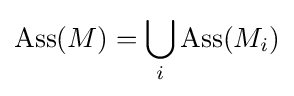
\operatorname {Ass} (M)=\bigcup _{i}\operatorname {Ass} (M_{i})